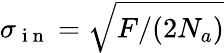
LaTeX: \sigma_{\mathrm{~i~n~}}=\sqrt{F/(2N_{a})}